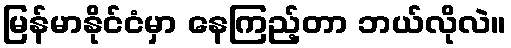
မြန်မာနိုင်ငံမှာ နေကြည့်တာ ဘယ်လိုလဲ။